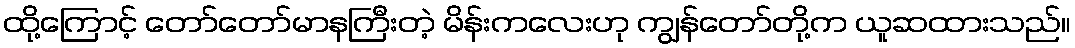
ထို့ကြောင့် တော်တော်မာနကြီးတဲ့ မိန်းကလေးဟု ကျွန်တော်တို့က ယူဆထားသည်။